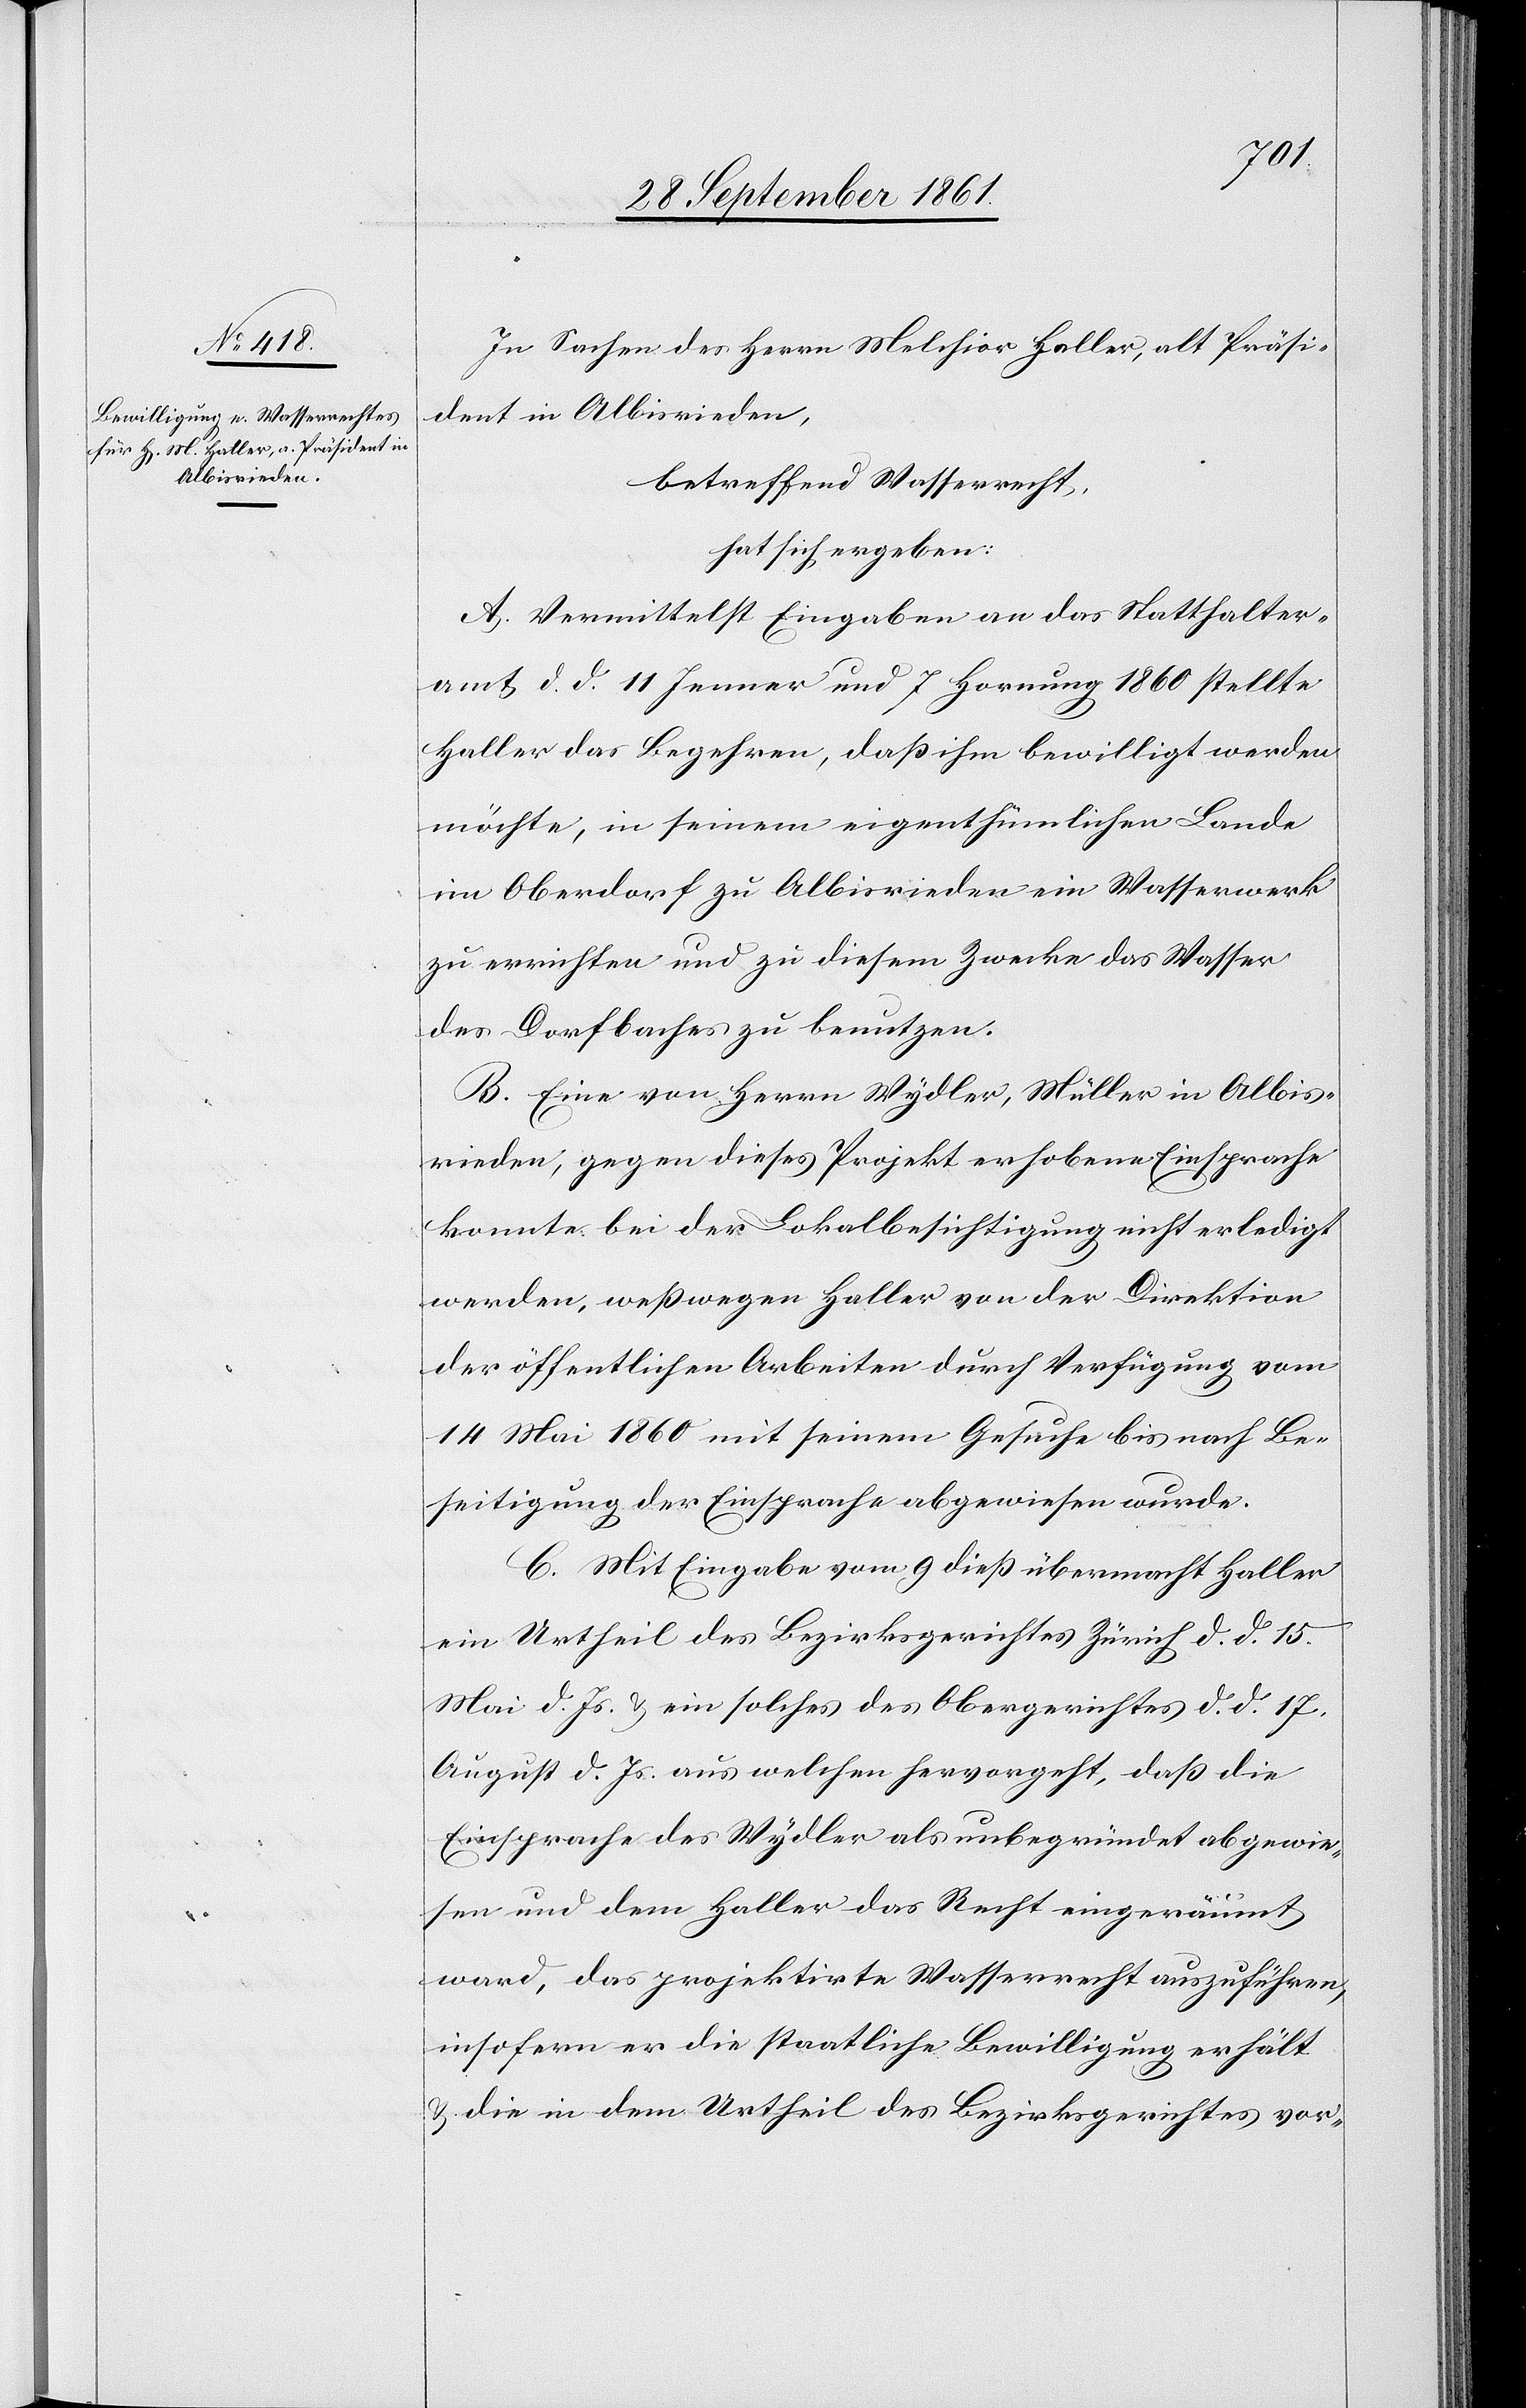
In Sachen des Herrn Melchior Haller, alt Präsi¬
dent in Albisrieden,
betreffend Wasserrecht,
hat sich ergeben:
A. Vermittelst Eingaben an das Statthalter¬
amt d. d. 11 Jenner und 7 Hornung 1860 stellte
Haller das Begehren, daß ihm bewilligt werden
möchte, in seinem eigenthümlichen Lande
im Oberdorf zu Albisrieden ein Wasserwerk
zu errichten und zu diesem Zwecke das Wasser
des Dorfbaches zu benutzen.
B. Eine von Herrn Wydler, Müller in Albis¬
rieden, gegen dieses Projekt erhobene Einsprache
konnte bei der Lokalbesichtigung nicht erledigt
werden, weßwegen Haller von der Direktion
der öffentlichen Arbeiten durch Verfügung vom
14 Mai 1860 mit seinem Gesuche bis nach Be¬
seitigung der Einsprache abgewiesen wurde.
C. Mit Eingabe vom 9 dieß übermacht Haller
ein Urtheil des Bezirksgerichtes Zürich d. d. 15
Mai d. Js. u. ein solches des Obergerichtes d. d. 17
August d. Js. aus welchen hervorgeht, daß die
Einsprache des Wydler als unbegründet abgewie¬
sen und dem Haller das Recht eingeräumt
ward, das projektirte Wasserrecht auszuführen,
insofern er die staatliche Bewilligung erhält
u. die in dem Urtheil des Bezirksgerichtes vor-